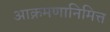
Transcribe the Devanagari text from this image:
आक्रमणानिमित्त